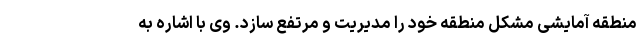
منطقه آمایشی مشکل منطقه خود را مدیریت و مرتفع سازد. وی با اشاره به